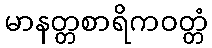
မာနတ္တစာရိကဝတ္တံ